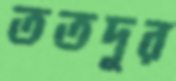
ততদূর